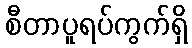
စီတာပူရပ်ကွက်ရှိ